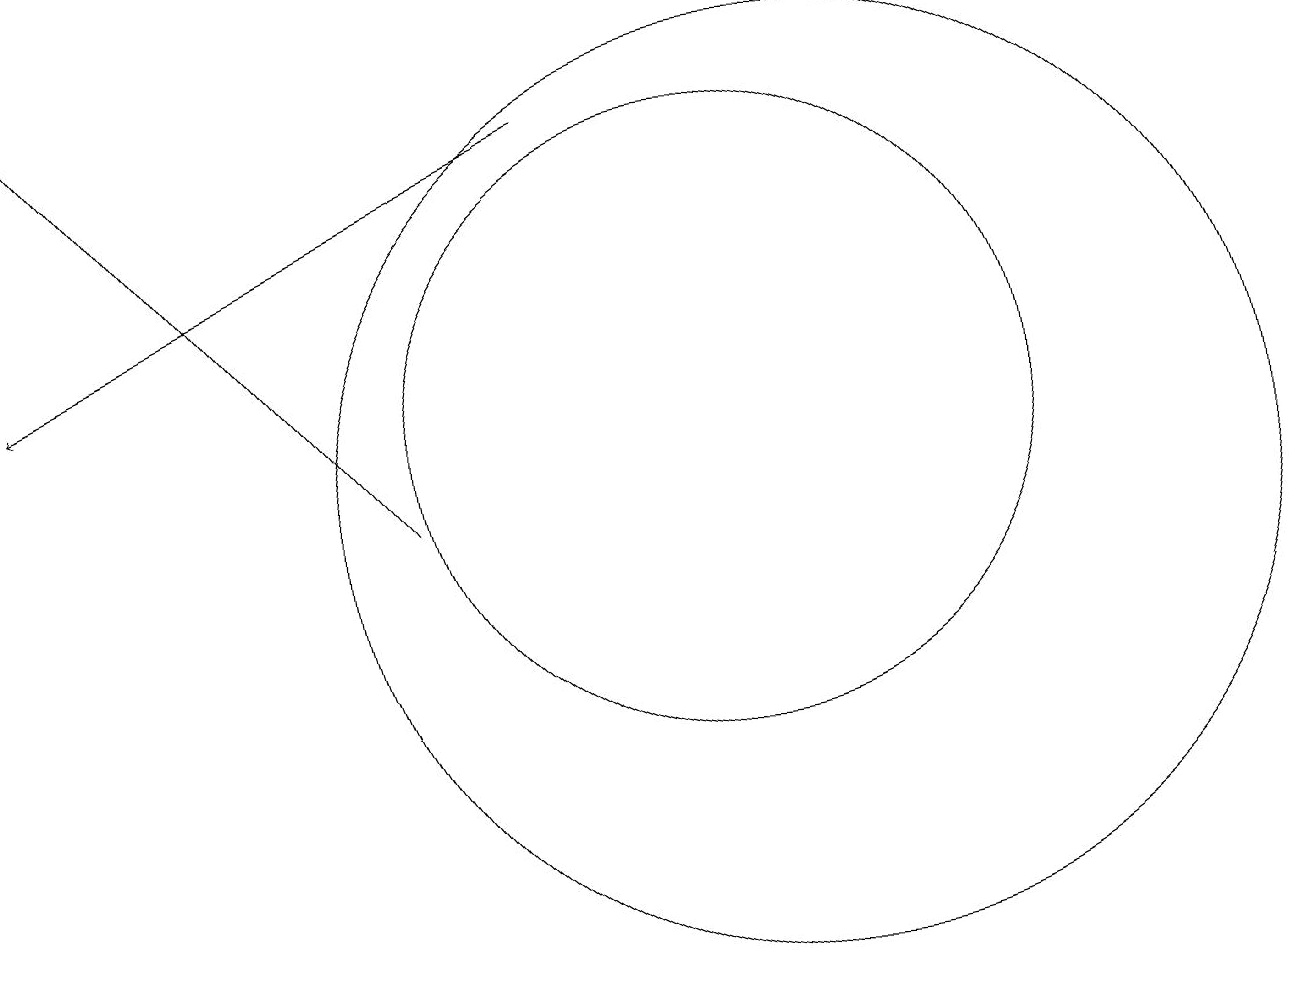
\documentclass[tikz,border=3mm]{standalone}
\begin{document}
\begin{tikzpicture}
\draw (11,11) circle (4);
\draw[->] (9,15) -- (2,12);
\draw (12,10) circle (6);
\draw[->] (7,10) -- (2,16);
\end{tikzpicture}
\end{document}